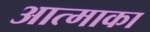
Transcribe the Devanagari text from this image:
आत्माका